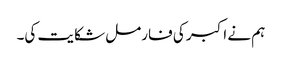
ہم نے اکبر کی فارمل شکایت کی۔